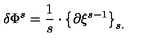
\delta \Phi ^ { s } = \frac { 1 } { s } \cdot \left\{ \partial \xi ^ { s - 1 } \right\} _ { s . }